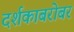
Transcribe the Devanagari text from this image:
दर्शकाबरोबर